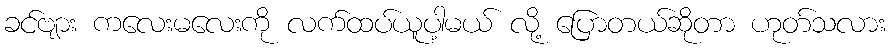
ခင်ဗျား ကလေးမလေးကို လက်ထပ်ယူပါ့မယ် လို့ ပြောတယ်ဆိုတာ ဟုတ်သလား